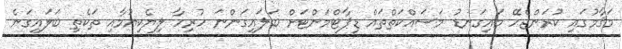
މަޤާމުގައި ކުރަންޖެހޭ މައިގަނޑު މަސައްކަތްތައް ޑިޕާޓްމަންޓަށް ބަލައިގަންނަ ހުރިހާ ލިޔެކިޔުމާއި ތަކެތި ބަލައިގަނެ